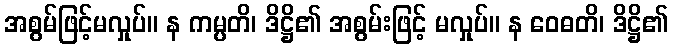
အစွမ်ဖြင့်မလှုပ်။ န ကမ္ပတိ၊ ဒိဋ္ဌိ၏ အစွမ်းဖြင့် မလှုပ်။ န ဝေဓတိ၊ ဒိဋ္ဌိ၏